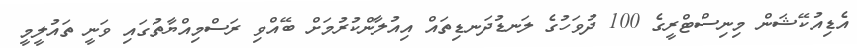
އެޑިއުކޭޝަން މިނިސްޓްރީގެ 100 ދުވަހުގެ ލަނޑުދަނޑިތައް އިއުލާންކުރުމަށް ބޭއްވި ރަސްމިއްޔާތުގައި ވަނީ ތައުލީމީ